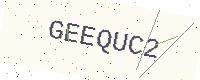
Text: GEEQUC2